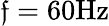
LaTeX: \mathfrak{f}=60\mathrm{{{Hz}}}